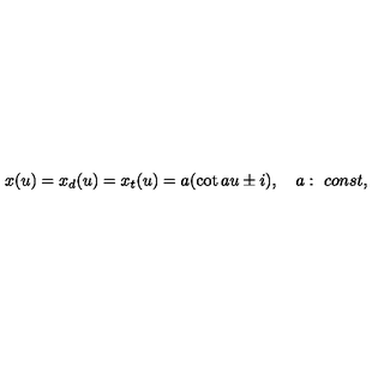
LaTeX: x ( u ) = x _ { d } ( u ) = x _ { t } ( u ) = a ( \cot a u \pm i ) , \quad a : \ c o n s t ,